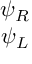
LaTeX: \begin{array} { c } { { \psi _ { R } } } \\ { { \psi _ { L } } } \end{array}